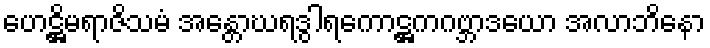
ဟေဋ္ဌိမရာဇိသမံ အန္တောဃရဒွါရကောဋ္ဌကဂဗ္ဘာဒယော အလာဘိနော